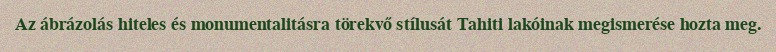
Az ábrázolás hiteles és monumentalitásra törekvő stílusát Tahiti lakóinak megismerése hozta meg.